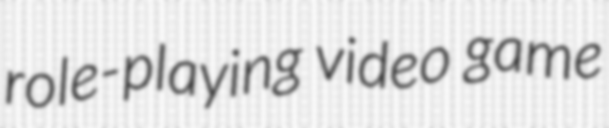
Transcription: role-playing video game